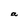
Character: a